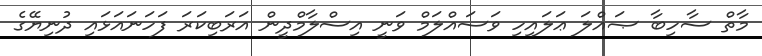
މާތް ސާހިބާ ޞައްލަ ޢަލައިހި ވަސައްލަމް ވަނީ އިސްލާމްދީން އަރަބިކަރަ ފަހަނައަޅައި ދުނިޔޭގެ